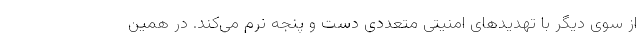
از سوی دیگر با تهدیدهای امنیتی متعددی دست و پنجه نرم می‌کند. در همین